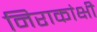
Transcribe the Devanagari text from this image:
निराकांक्षी